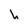
Character: L